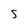
Character: S